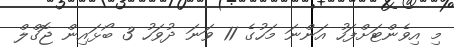
މި އިވެންޓަށްފަހު އަންނަ މަހުގެ 11 ވަަނަ ދުވަހު 3 ބޯޅައިން ޖޮގްލް